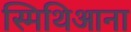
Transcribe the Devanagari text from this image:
स्मिथिआना